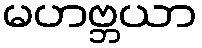
မဟဗ္ဘယာ